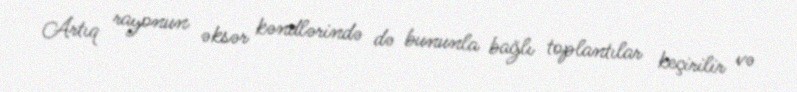
Artıq rayonun əksər kəndlərində də bununla bağlı toplantılar keçirilir və